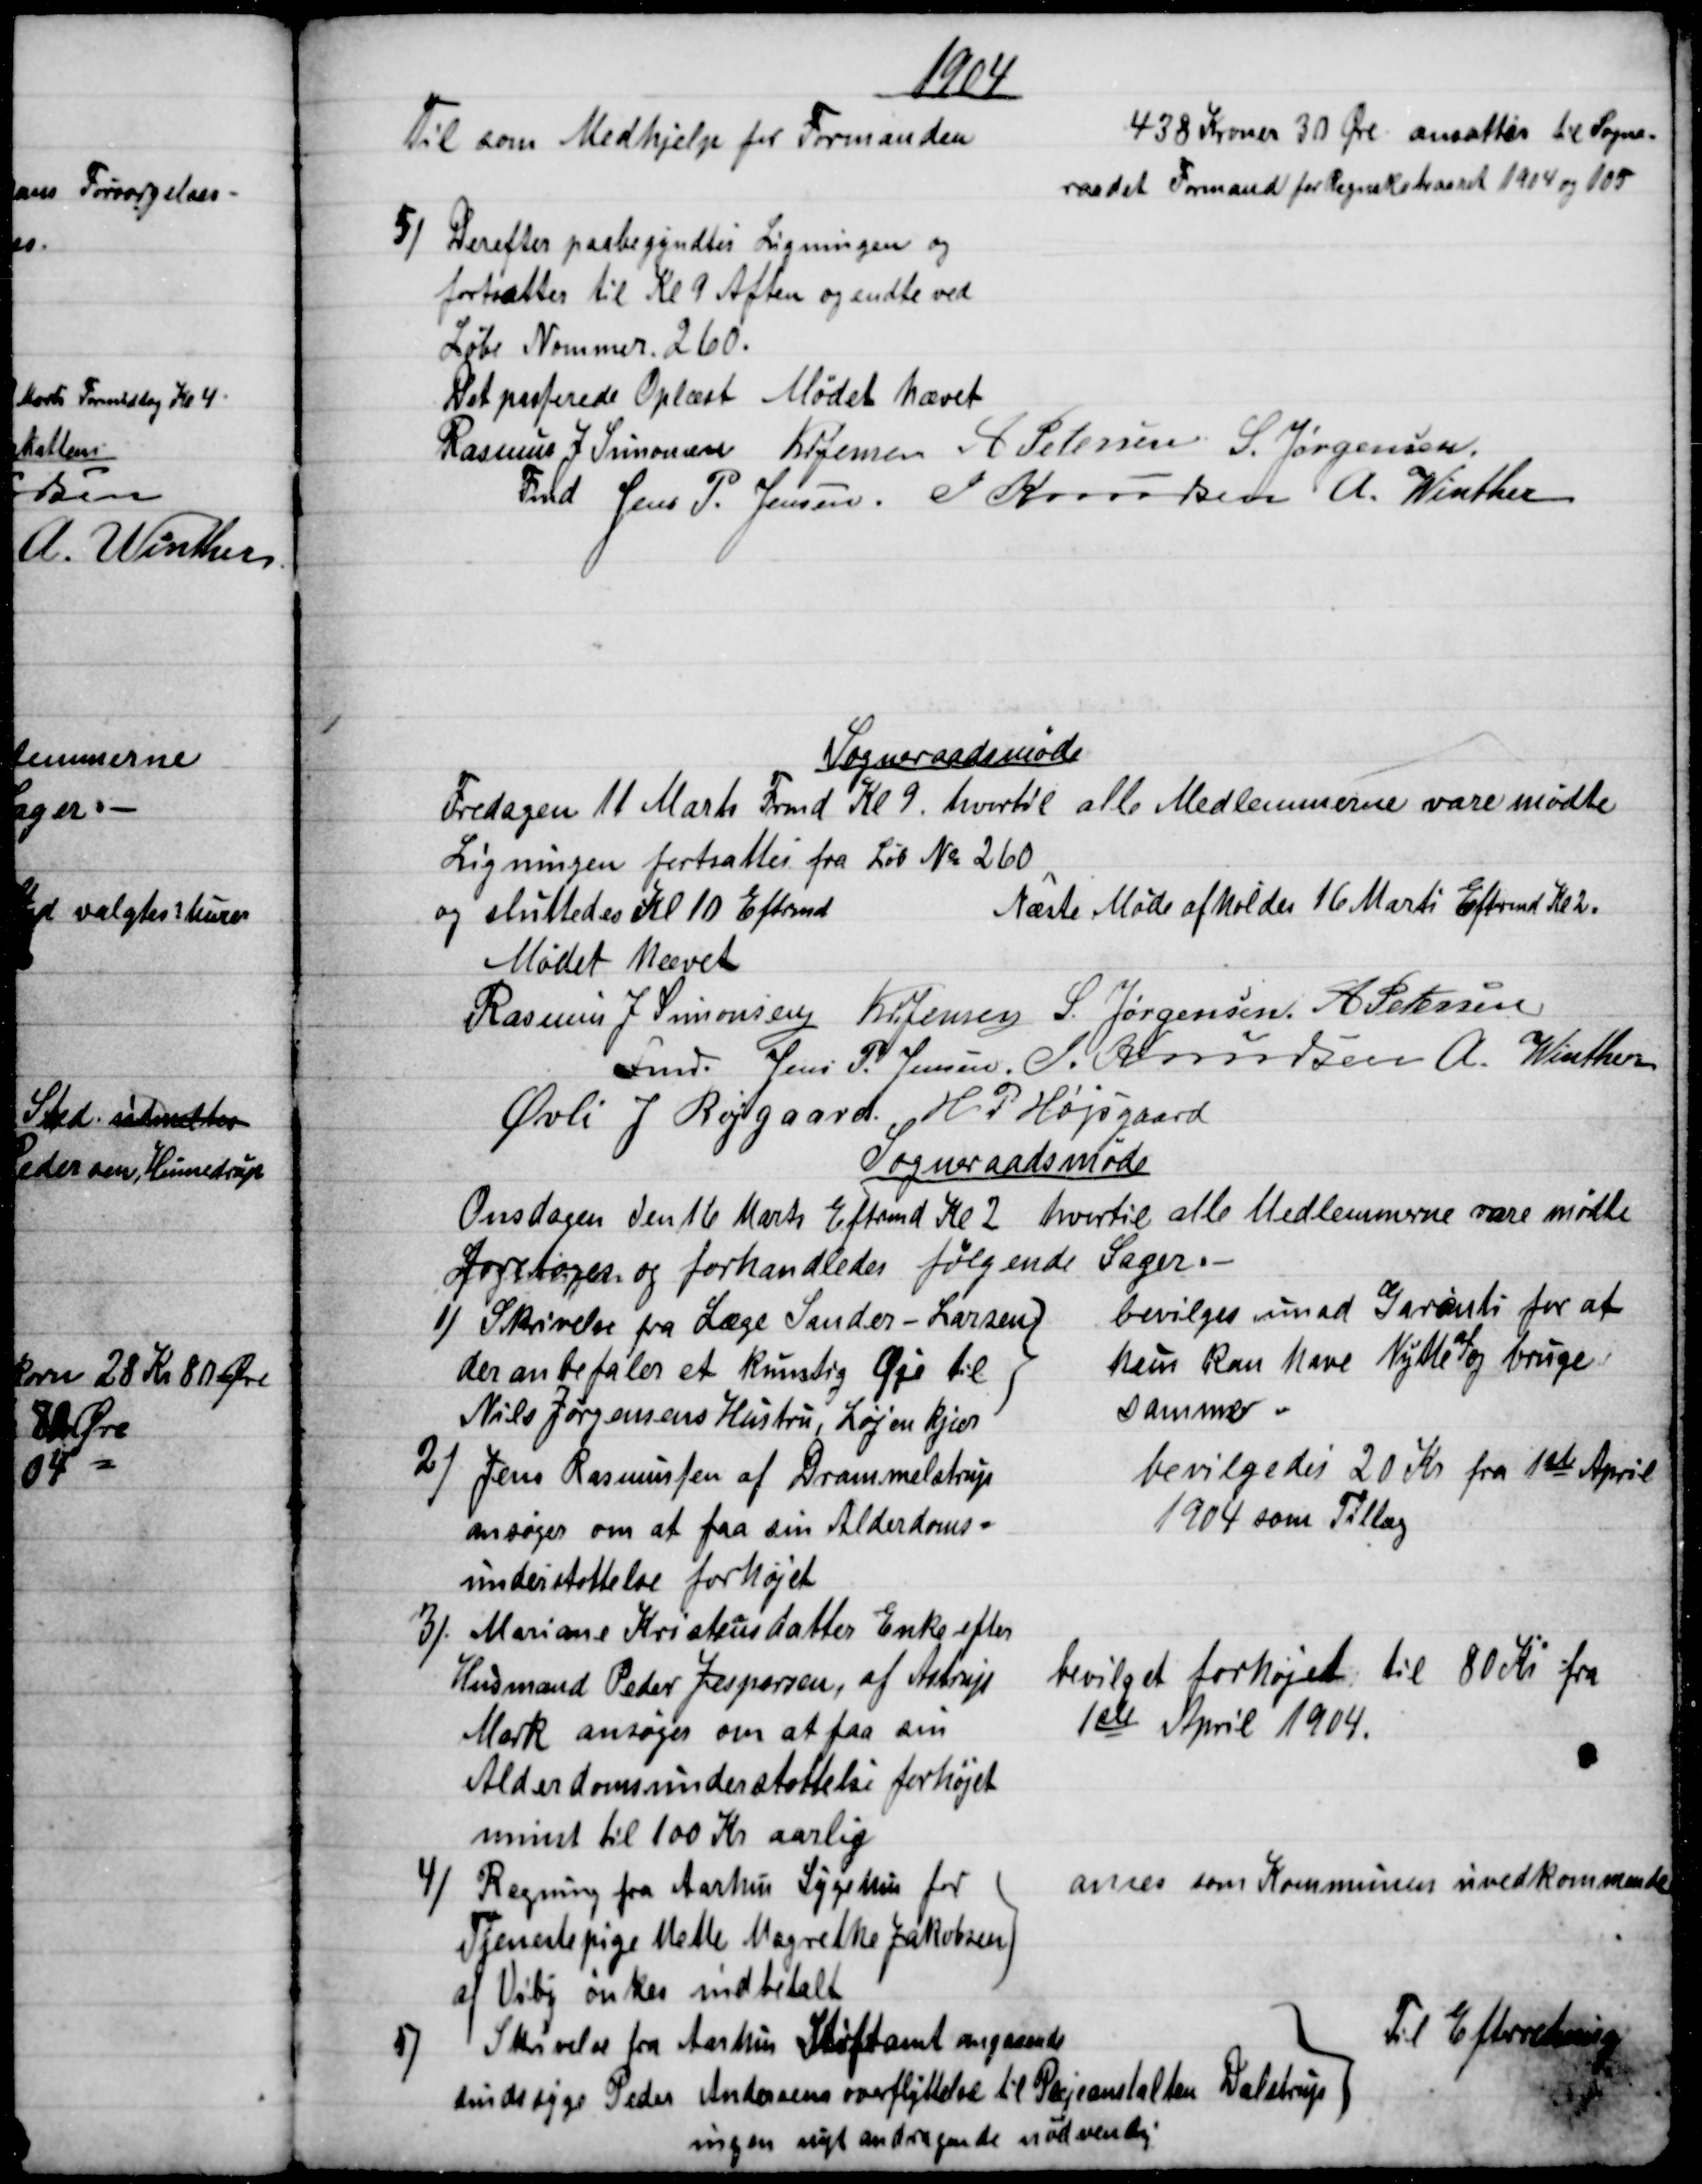
Transskription:
1904
Til som Medhjelp for Formanden
438 Kroner 30 Øre ansattes til Sogne-
raadet Formand for Regnskabsaaret 1914 og 105
5) 
Derefter paabegyndtes Ligningen og
fortsattes til Kl 9 Aften og endte ved
Løbe Nummer 260.
Det passerede Oplæst Mødet hævet
Rasmus J. Simonsen 
Fmd 
Kr Jensen A Petersen S. Jørgensen.
Jens P. Jensen. J. Knudsen A. Winther
Sogneraadsmøde
Fredagen 11 Marts Formd Kl. 9, hvortil alle Medlemmerne vare mødte
Ligningen fortsattes fra Løb № 260
og sluttedes Kl 10 Eftrmd
Næste Møde afholdes 16 Marts Eftrmd Kl 2.
Mødet hævet
Rasmus J. Simonsen 
Fmd.
Kr. Jensen S. Jørgensen A. Petersen
Jens P. Jensen. J. Knudsen A. Winther
Øvli J Røjgaard. H. P. Højsgaard
Sogneraadsmøde
Onsdagen den 16 Marts Eftrmd Kl 2 hvortil alle Medlemmerne vare mødte
foretoges og forhandledes følgende Sager.
1) 
Skrivelse fra Læge Sander - Larsen
der anbefales et kunstig Øje til
Niels Jørgensens Hustru, Løjenkjær
bevilges imod Garanti for at
hun kan have Nytte 
af
og bruge
samme
2) 
Jens Rasmussen af Drammelstrup
ansøger om at faa sin Alderdoms-
understøttelse forhøjet
bevilgedes 20 Kr fra 1ste April
1904 som Tillæg
3). 
 Mariane Kristensdatter Enke efter
Husmand Peder Jespersen, af Astrup
Mark ansøger om at faa sin
Alderdomsunderstøttelse forhøjet
minst til 100 Kr aarlig
bevilget forhøjet til 80 Kr fra
1ste April 1904.
4) 
Regning fra Aarhus Sygehus for
Tjenestepige Mette Magrethe Jakobsen
af Viby ønkes indbetalt
anses som Kommunen uvedkommende
5) 
Skrivelse fra Aarhus Stiftamt angaaende
sindssyge Peder Andersens overflyttelse til Plejeanstalten Dalstrup
ingen nyt andragende nødvendig
Til Efterretning